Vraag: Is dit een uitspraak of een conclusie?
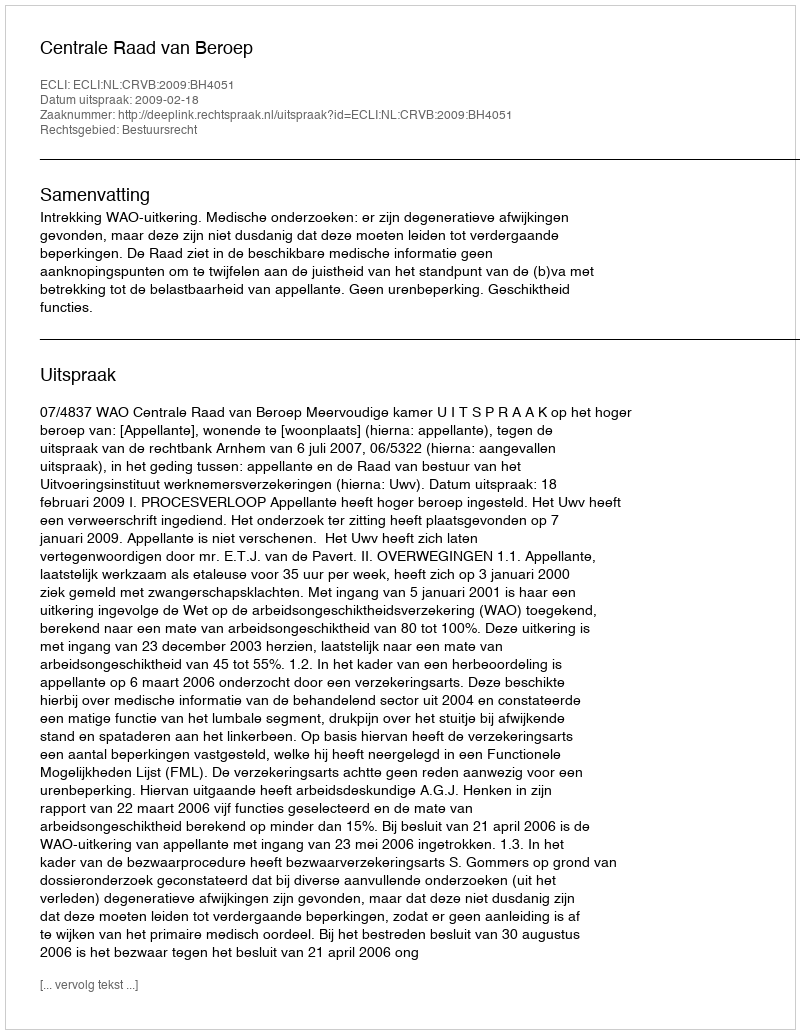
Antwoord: Uitspraak